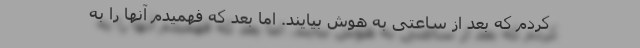
کردم که بعد از ساعتی به هوش بیایند. اما بعد که فهمیدم آنها را به